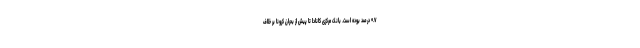
۰.۷ درصد بوده است. بانک مرکزی کانادا تا پیش از بحران کرونا بر خلاف